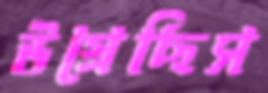
উগ্‌রেছিস